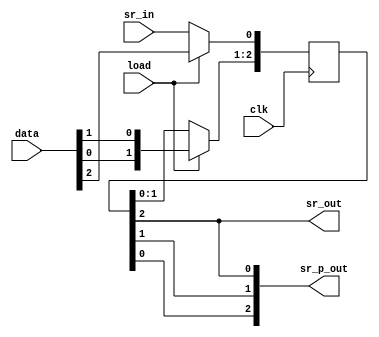
// Quartus Prime Verilog Template
// One-bit wide, N-bit long shift register

module shift_register
(
	input clk,
	input sr_in,
	input load,
	input [2:0] data,
	output sr_out,
	output [2:0] sr_p_out
);

	// Declare the shift register
	reg [2:0] sr = 3'b0;

	// Shift everything over, load the incoming bit
	always @ (posedge clk)
	begin
		if (load) begin
			sr <= {data[0], data[1], data[2]};
		end
		else begin
			sr[2:1] <= sr[1:0];
			sr[0] <= sr_in;
		end
	end

	// Catch the outgoing bit
	assign sr_out = sr[2];
	assign sr_p_out = {sr[0], sr[1], sr[2]};

endmodule